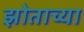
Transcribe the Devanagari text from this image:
झोताच्या